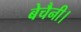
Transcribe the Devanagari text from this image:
बेचैनी।